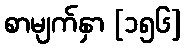
စာမျက်နှာ [၁၅၆]